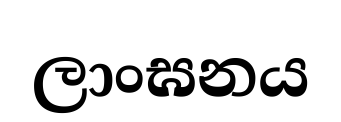
ලාංඝනය